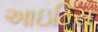
આઇટિસ